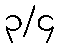
၃/၄